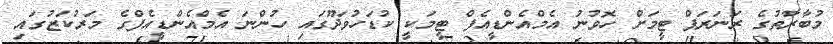
މުބާރާތުގެ ރަނަރަޕް ޓީމަށް ހޮވުނު އެމްއެންޑީއެފް ޓީމަކީ ކުޑަހުވަދޫގައި ހުންނަ އެމްއެންޑީއެފްގެ މަރުކަޒުގައި